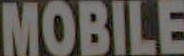
MOBILE